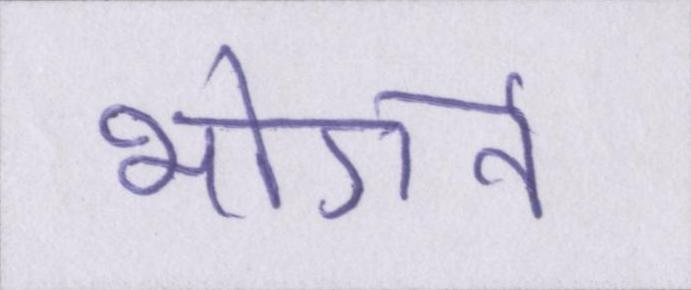
भोगने